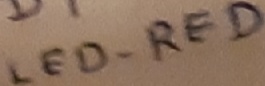
Text: LED-RED